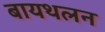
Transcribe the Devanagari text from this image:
बायथलन